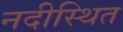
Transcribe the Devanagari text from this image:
नदीस्थित